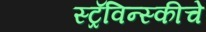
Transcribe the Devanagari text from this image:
स्ट्रॅविन्स्कीचे